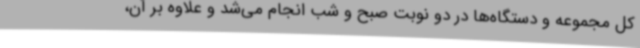
کل مجموعه و دستگاه‌ها در دو نوبت صبح و شب انجام می‌شد و علاوه بر آن،